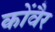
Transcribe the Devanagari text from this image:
कोंवैर